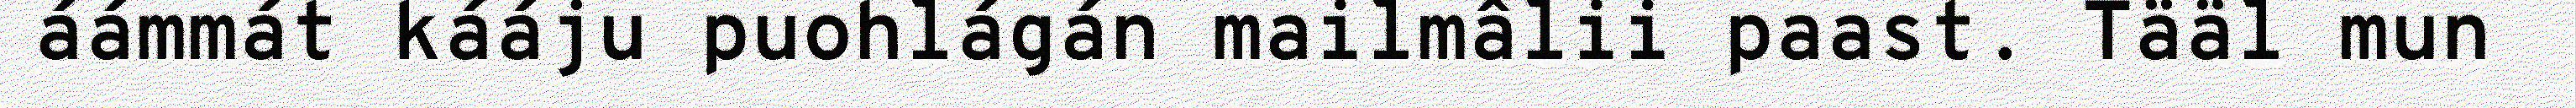
áámmát kááju puohlágán mailmâlii paast. Tääl mun